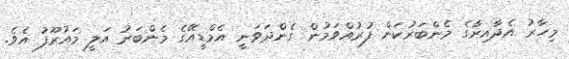
މިހާރު އެދާއިރާގެ މެންބަރުކަން ފުރުއްވަމުން ގެންދަވަނީ އެމްޑީއޭގެ މެންބަރު އަލީ މައުރޫފު އެވެ.